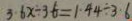
3 . 6 x \div 3 . 6 = 1 . 4 4 \div 3 \cdot 6